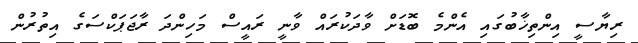
ރިޔާސީ އިންތިޚާބުގައި އެންމެ ބޮޑަށް ވާދަކުރައް ވާނީ ރައީސް މަހިންދަ ރާޖަޕަކްސަގެ އިތުރުން